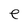
Character: e